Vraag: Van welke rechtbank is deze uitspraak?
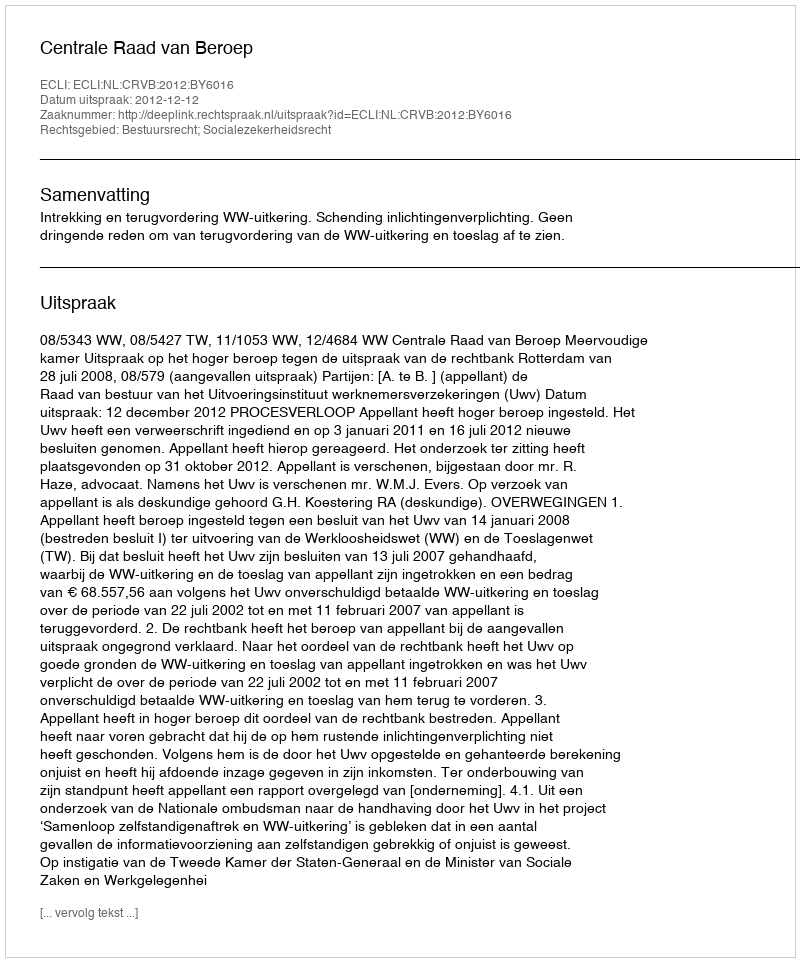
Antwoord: Centrale Raad van Beroep